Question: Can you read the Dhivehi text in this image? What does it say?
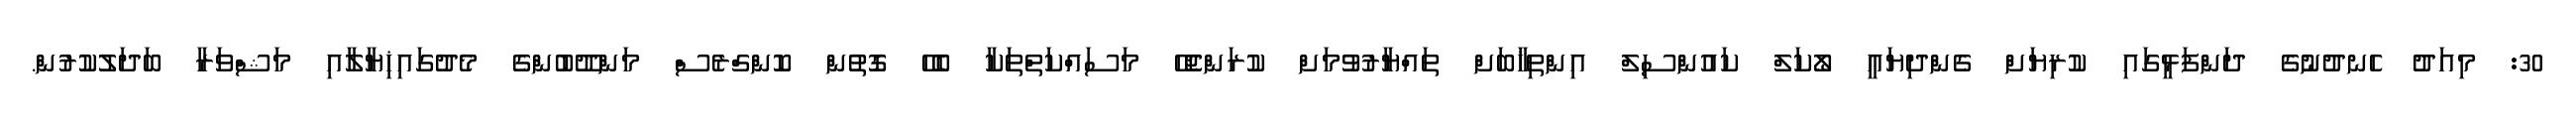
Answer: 30: މިއަދު ހެނދުނުގެ ދަންފަޅީގައި ކުރިޔަށް ގެންދިޔައީ ލޯކަލް ކައުންސިލް އިންތިޚާބަށް ތައްޔާރުވުމަށް ކުރަންޖެހޭ މަސައްކަތްތަކާ ބެހޭ ގޮތުން ކޮންގްރެސް މަންދޫބުންގެ މެދުގައިޚިޔާލާއި މަޝްވަރާ ބަދަލުކުރުން.